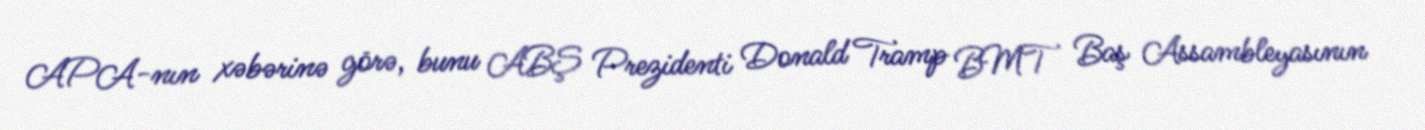
APA-nın xəbərinə görə, bunu ABŞ Prezidenti Donald Tramp BMT Baş Assambleyasının